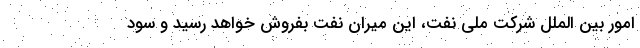
امور بین الملل شرکت ملی نفت، این میران نفت بفروش خواهد رسید و سود